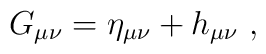
G_{\mu\nu} = \eta_{\mu\nu} + h_{\mu\nu}\ ,